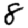
Digit: 8